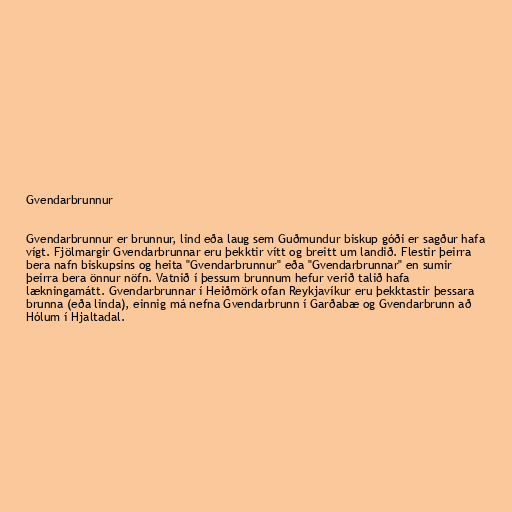
Gvendarbrunnur

Gvendarbrunnur er brunnur, lind eða laug sem Guðmundur biskup góði er sagður hafa
vígt. Fjölmargir Gvendarbrunnar eru þekktir vítt og breitt um landið. Flestir þeirra
bera nafn biskupsins og heita "Gvendarbrunnur" eða "Gvendarbrunnar" en sumir
þeirra bera önnur nöfn. Vatnið í þessum brunnum hefur verið talið hafa
lækningamátt. Gvendarbrunnar í Heiðmörk ofan Reykjavíkur eru þekktastir þessara
brunna (eða linda), einnig má nefna Gvendarbrunn í Garðabæ og Gvendarbrunn að
Hólum í Hjaltadal.